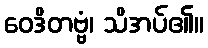
ဝေဒိတဗ္ဗံ၊ သိအပ်၏။